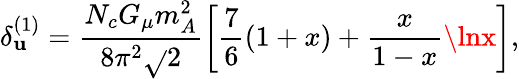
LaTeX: \delta_{\mathbf{u}}^{(1)}=\frac{{N_{c}G_{\mu}m_{A}^{2}}}{{8\pi^{2}\sqrt{}{2}}}\left[\frac{{7}}{{6}}(1+x)+\frac{{x}}{{1-x}}\lnx\right],